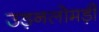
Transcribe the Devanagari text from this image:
उड़नलोमड़ी